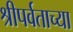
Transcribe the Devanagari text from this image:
श्रीपर्वताच्या